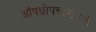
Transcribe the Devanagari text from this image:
ऑषधोपचारामुळे